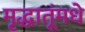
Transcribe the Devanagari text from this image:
मृद्धातूंमधे